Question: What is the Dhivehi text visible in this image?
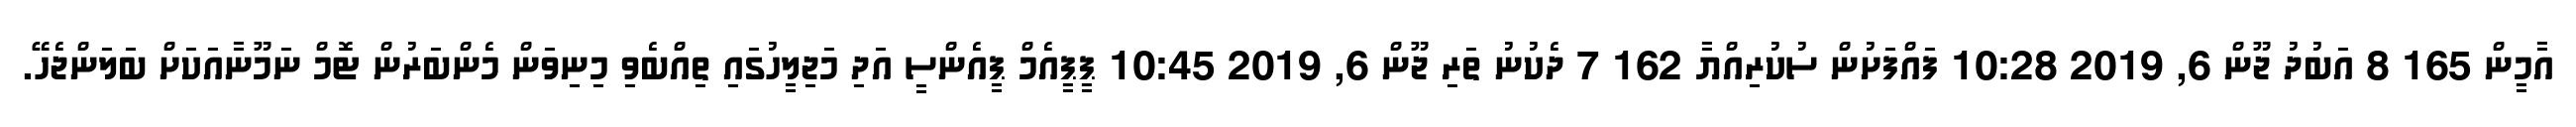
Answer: އާމީން 165 8 އަބުދު ޖޫން 6, 2019 10:28 ފައްފަށުން ސުކުރިއްޔާ 162 7 ދެކުނު ތަރި ޖޫން 6, 2019 10:45 ޕީޕީއެމް ޕީއެންސީ އަދި މަޖިލީހުގައި ތިއްބެވި މިނިވަން މެންބަރުން ޓޮމް ނަމޫނާއަކަށް ބަލަންޖެހޭ.